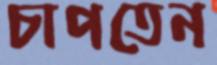
চাপতেন